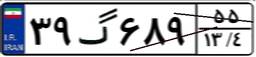
۳۹گ۶۸۹۵۵